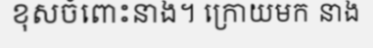
ខុសចំពោះនាង។ ក្រោយមក នាង